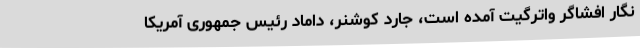
نگار افشاگر واترگیت آمده است، جارد کوشنر، داماد رئیس جمهوری آمریکا